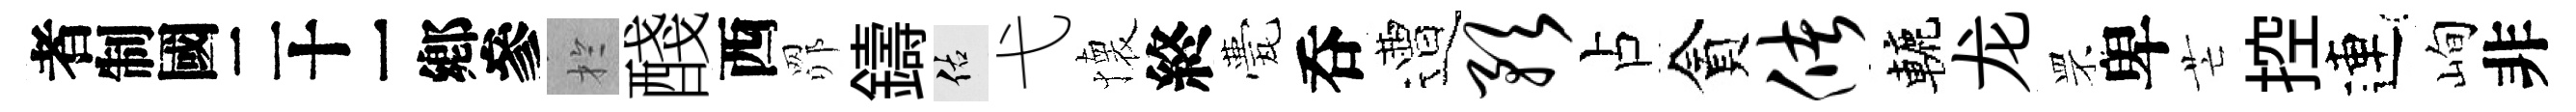
识扵醆西𦊑鑄佑弋懐終甍呑遭预占貪储轆龙罘卑芒控連峋非